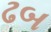
ઢબ